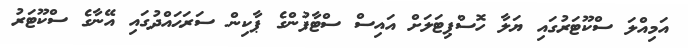
އަމިއްލަ ސްކޫޓަރުގައި ޔަލާ ހޮސްޕިޓަލަށް އައިސް ސްޓާފުންގެ ޕާކިން ސަރަޙައްދުގައި އޭނާގެ ސްކޫޓަރު